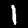
Digit: 1